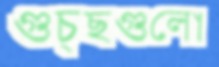
গুচ্ছগুলো